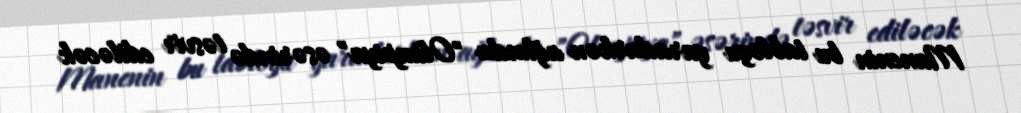
Manenin bu tabloyu yaradarkən ağlında "Olimpiya" əsərində təsvir ediləcək